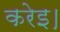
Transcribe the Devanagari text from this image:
करेइ।